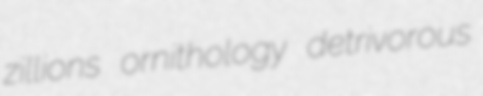
zillions ornithology detrivorous